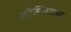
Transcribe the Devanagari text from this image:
कौन्सिलचा